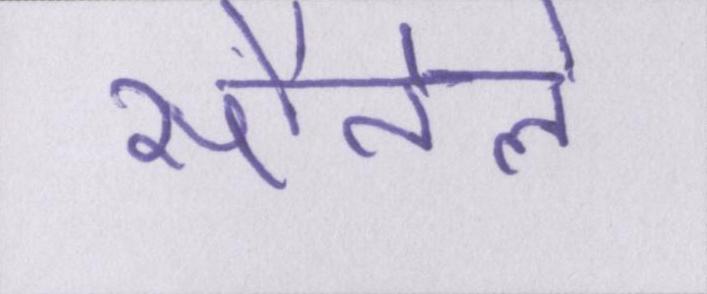
सौतेले